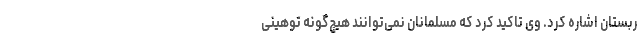
ربستان اشاره کرد. وی تاکید کرد که مسلمانان نمی‌توانند هیچ‌گونه توهینی